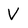
Character: V